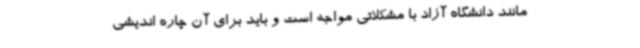
مانند دانشگاه آزاد با مشکلاتی مواجه است و باید برای آن چاره اندیشی